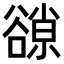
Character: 𧯈